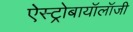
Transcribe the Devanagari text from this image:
ऐस्ट्रोबायॉलॉजी